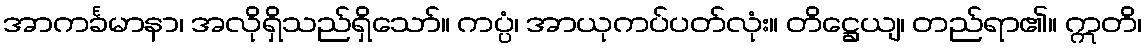
အာကင်္ခမာနာ၊ အလိုရှိသည်ရှိသော်။ ကပ္ပံ၊ အာယုကပ်ပတ်လုံး။ တိဋ္ဌေယျ၊ တည်ရာ၏။ ဣတိ၊